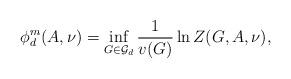
LaTeX: \begin{align*}\phi_d^m(A,\nu)=\inf_{G\in \mathcal{G}_d} \frac{1}{v(G)}\ln Z(G,A,\nu),\end{align*}